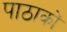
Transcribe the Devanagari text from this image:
पाठाकों